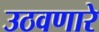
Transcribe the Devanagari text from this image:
उठवणारे